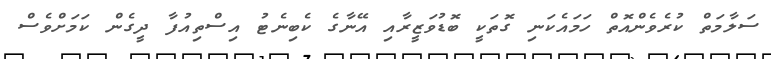
ސަލާމަތް ކުރެވެންއޮތް ހަމައެކަނި ގޮތަކީ ބޮޑުވަޒީރާއި އޭނާގެ ކެބިނެޓު އިސްތިއުފާ ދީގެން ކަމަށްވެސް